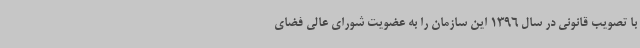
با تصویب قانونی در سال 1396 این سازمان را به عضویت شورای عالی فضای